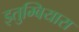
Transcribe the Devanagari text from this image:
इतुम्बियारा